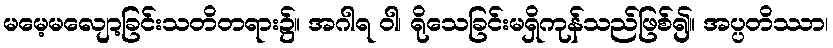
မမေ့မလျော့ခြင်းသတိတရား၌။ အဂါရ ဝါ၊ ရိုသေခြင်းမရှိကုန်သည်ဖြစ်၍။ အပ္ပတိဿာ၊